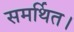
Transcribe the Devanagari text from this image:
समर्थित।